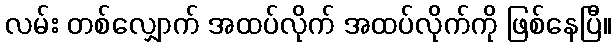
လမ်း တစ်လျှောက် အထပ်လိုက် အထပ်လိုက်ကို ဖြစ်နေပြီ။